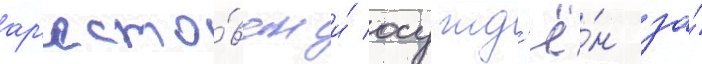
ар'есто́ван и́ осужд'ё́н за́